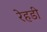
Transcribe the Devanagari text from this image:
रेहडी